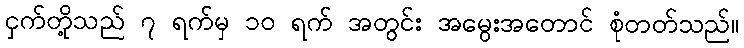
ငှက်တို့သည် ၇ ရက်မှ ၁၀ ရက် အတွင်း အမွေးအတောင် စုံတတ်သည်။